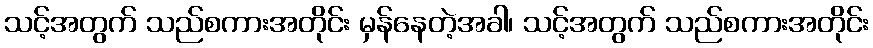
သင့်အတွက် သည်စကားအတိုင်း မှန်နေတဲ့အခါ၊ သင့်အတွက် သည်စကားအတိုင်း